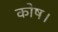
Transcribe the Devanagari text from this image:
कोष।